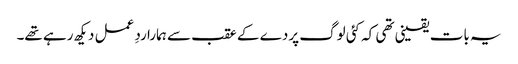
یہ بات یقینی تھی کہ کئی لوگ پردے کے عقب سے ہمارا ردِ عمل دیکھ رہے تھے۔